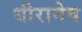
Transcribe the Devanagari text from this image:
धीरानेव